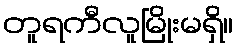
တူရကီလူမြိုးမရှိ။